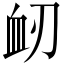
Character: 衂